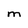
Character: m